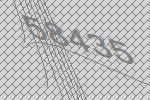
58435